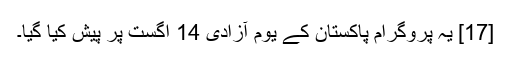
[17] یہ پروگرام پاکستان کے یوم آزادی 14 اگست پر پیش کیا گیا۔